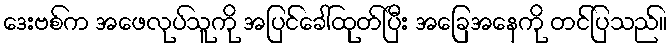
ဒေးဗစ်က အဖေလုပ်သူကို အပြင်ခေါ်ထုတ်ပြီး အခြေအနေကို တင်ပြသည်။